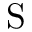
\mathrm { S }